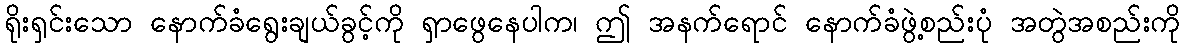
ရိုးရှင်းသော နောက်ခံရွေးချယ်ခွင့်ကို ရှာဖွေနေပါက၊ ဤ အနက်ရောင် နောက်ခံဖွဲ့စည်းပုံ အတွဲအစည်းကို